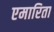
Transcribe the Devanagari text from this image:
एमारिता